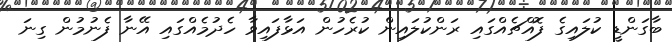
ބާގަންޑީ ކުލައިގެ ފޮއްޗެއްގައި ރަންކުލައިން ކުރެހުން އަޅާފައިވާ ހެދުމެއްގައި އޭނާ ފެނުމުން ގިނަ